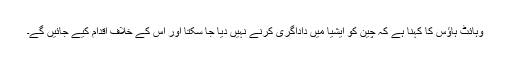
وہائٹ ہاؤس کا کہنا ہے کہ چین کو ایشیا میں داداگری کرنے نہیں دیا جا سکتا اور اس کے خلاف اقدام کیے جائیں گے۔